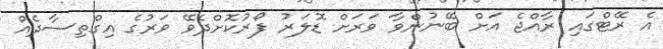
އެ ރޭޓްގައި ރާއްޖެ އަށް ބޭނުންވާ ވަރަށް ޑޮލަރު ފޯރުކޮށްދެވޭ ވަރުގެ އިގްތިސާދެއް